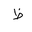
Letter: _za